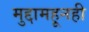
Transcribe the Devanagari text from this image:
मुद्दामहूनही